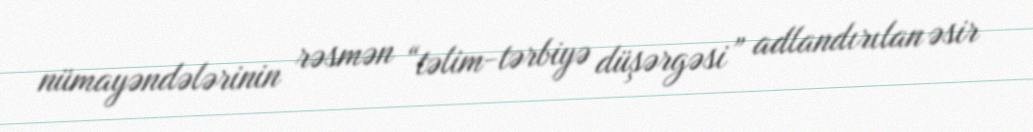
nümayəndələrinin rəsmən “təlim-tərbiyə düşərgəsi” adlandırılan əsir